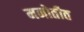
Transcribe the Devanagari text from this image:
मनोतीत